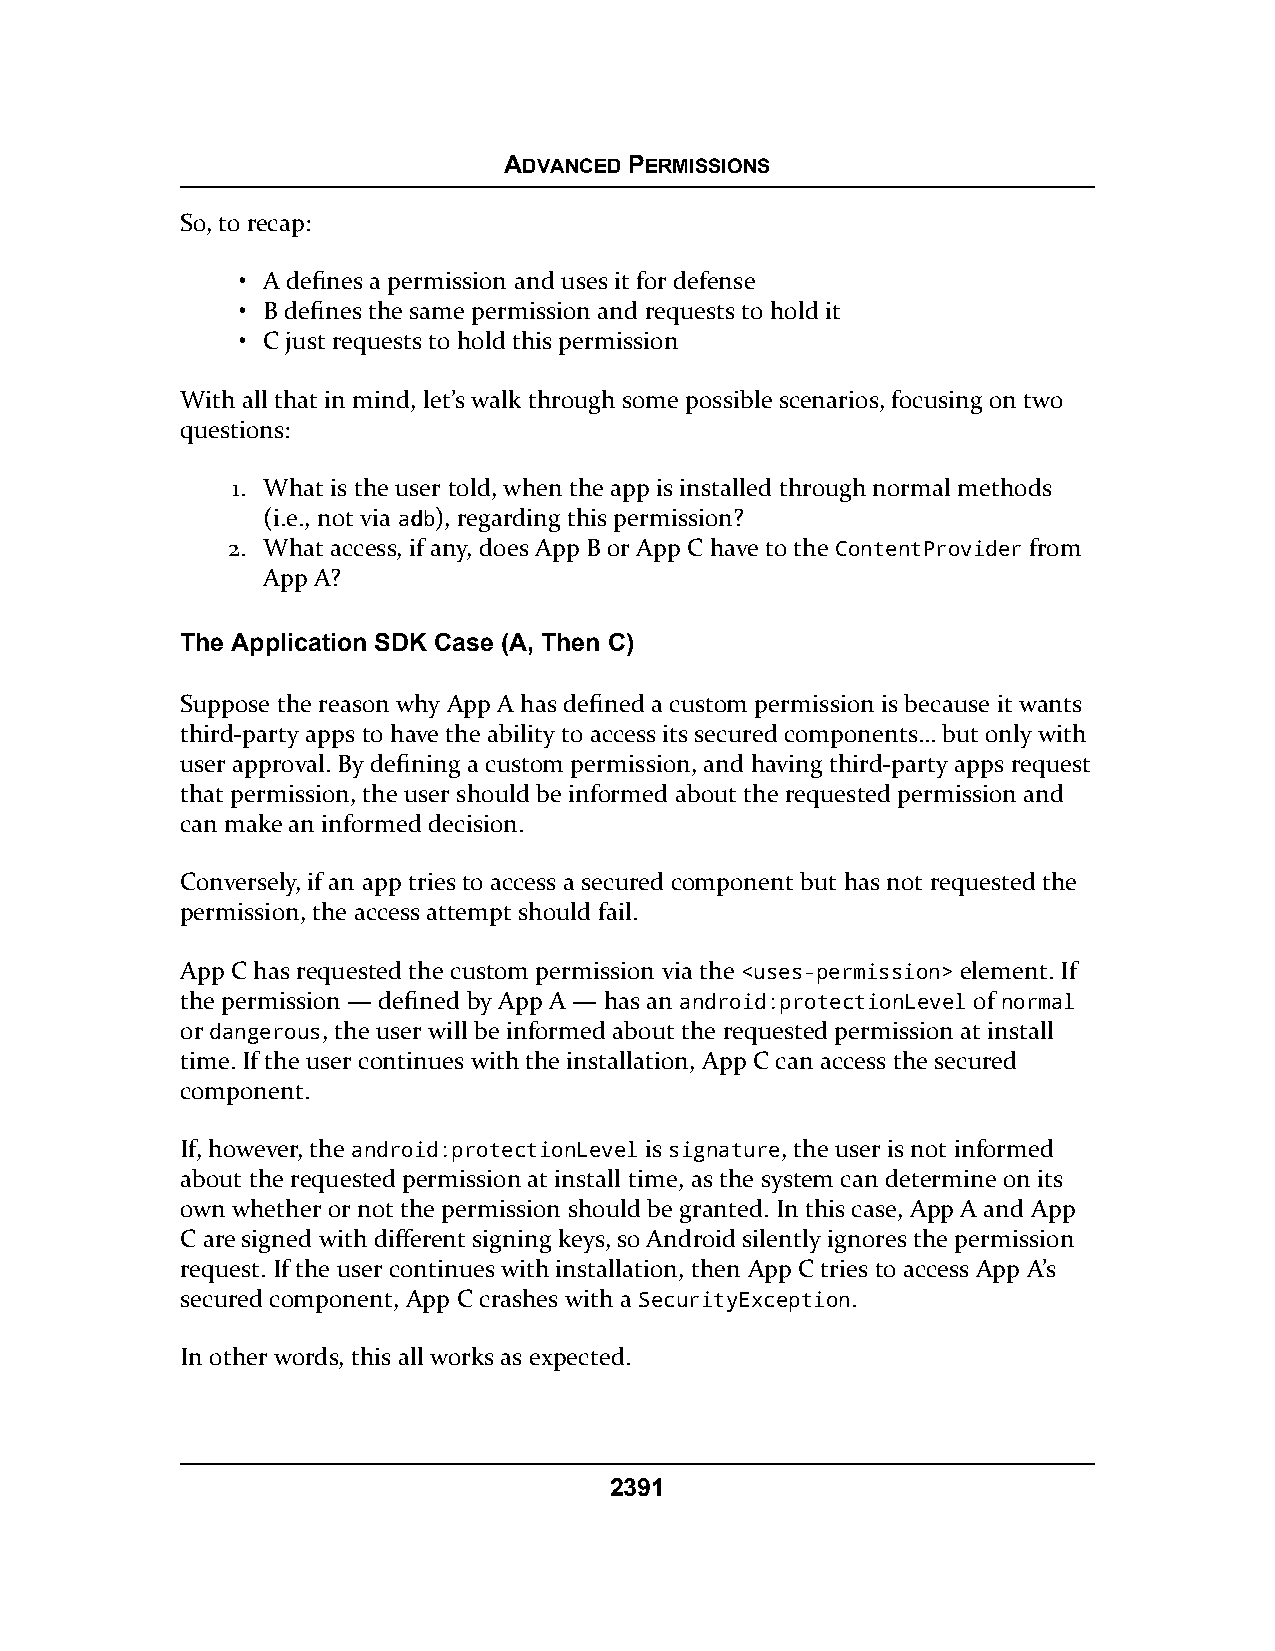
ADVANCED PERMISSIONS
 So, to recap:
 • A defines a permission and uses it for defense
 • B defines the same permission and requests to hold it
 • C just requests to hold this permission
 With all that in mind, let’s walk through some possible scenarios, focusing on two
 questions:
 1. What is the user told, when the app is installed through normal methods
 (i.e., not via aaddbb), regarding this permission?
 2. What access, if any, does App B or App C have to the ContentProvider from
 App A?
 The Application SDK Case (A, Then C)
 Suppose the reason why App A has defined a custom permission is because it wants
 third-party apps to have the ability to access its secured components… but only with
 user approval. By defining a custom permission, and having third-party apps request
 that permission, the user should be informed about the requested permission and
 can make an informed decision.
 Conversely, if an app tries to access a secured component but has not requested the
 permission, the access attempt should fail.
 App C has requested the custom permission via the <uses-permission> element. If
 the permission — defined by App A — has an android:protectionLevel of normal
 or dangerous, the user will be informed about the requested permission at install
 time. If the user continues with the installation, App C can access the secured
 component.
 If, however, the android:protectionLevel is signature, the user is not informed
 about the requested permission at install time, as the system can determine on its
 own whether or not the permission should be granted. In this case, App A and App
 C are signed with different signing keys, so Android silently ignores the permission
 request. If the user continues with installation, then App C tries to access App A’s
 secured component, App C crashes with a SecurityException.
 In other words, this all works as expected.
 2391